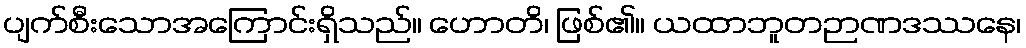
ပျက်စီးသောအကြောင်းရှိသည်။ ဟောတိ၊ ဖြစ်၏။ ယထာဘူတဉာဏဒဿနေ၊